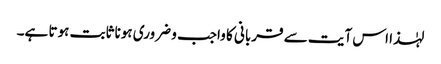
لہٰذا اس آیت سے قربانی کا واجب و ضروری ہونا ثابت ہوتا ہے۔